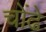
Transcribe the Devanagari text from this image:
चोंढे